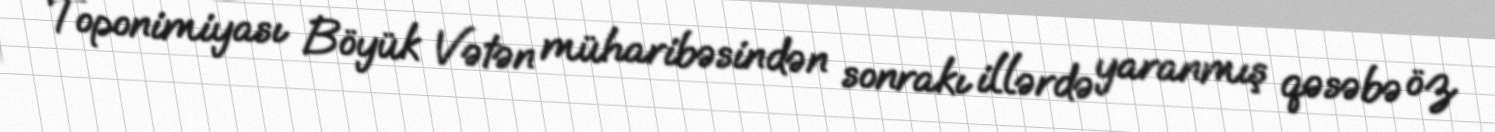
Toponimiyası Böyük Vətən müharibəsindən sonrakı illərdə yaranmış qəsəbə öz